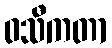
ဝသီကတာ